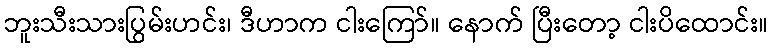
ဘူးသီးသားပြွမ်းဟင်း၊ ဒီဟာက ငါးကြော်။ နောက် ပြီးတော့ ငါးပိထောင်း။